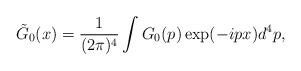
LaTeX: \begin{align*}\tilde{G}_{0}(x)=\frac{1}{(2\pi )^{4}}\int G_{0}(p)\exp (-ipx)d^{4}p,\end{align*}